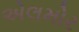
એલમોર